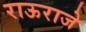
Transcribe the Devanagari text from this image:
राऊराजे